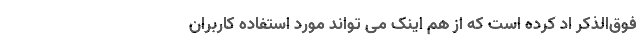
فوق‌الذکر اد کرده است که از هم اینک می تواند مورد استفاده کاربران